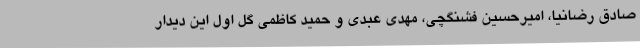
صادق رضانیا، امیرحسین فشنگچی، مهدی عبدی و حمید کاظمی گل اول این دیدار